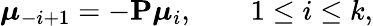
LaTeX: \boldsymbol{\mu}_{-i+1}=-\mathbf{P}\boldsymbol{\mu}_{i},\qquad 1\leq i\leq k,